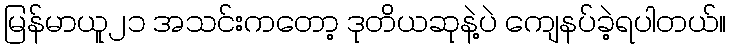
မြန်မာယူ၂၁ အသင်းကတော့ ဒုတိယဆုနဲ့ပဲ ကျေနပ်ခဲ့ရပါတယ်။